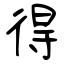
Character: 得